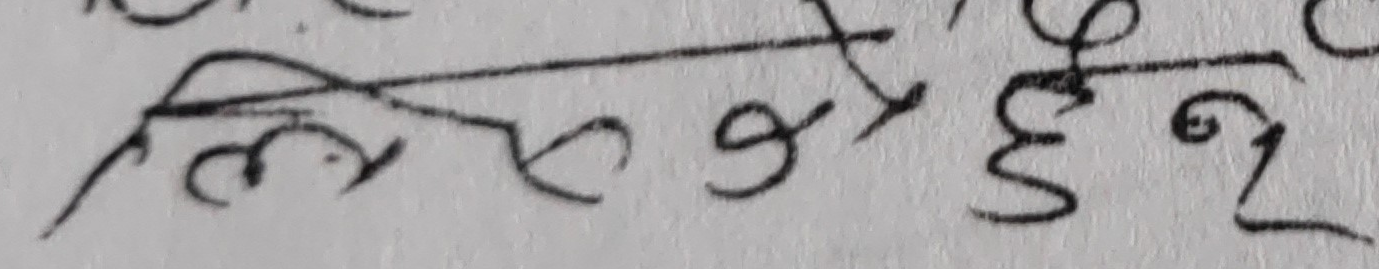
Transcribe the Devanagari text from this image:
लिएको हुन्